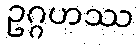
ဥဂ္ဂဟဿ